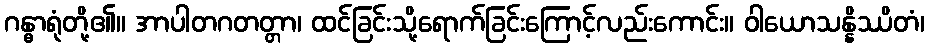
ဂန္ဓာရုံတို့၏။ အာပါတဂတတ္တာ၊ ထင်ခြင်းသို့ရောက်ခြင်းကြောင့်လည်းကောင်း။ ဝါယောသန္နိဿိတံ၊